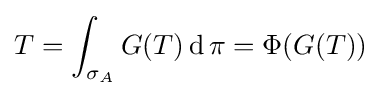
T=\int _{\sigma _{A}}G(T)\operatorname {d} \pi =\Phi (G(T))